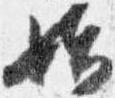
始